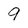
Character: 9